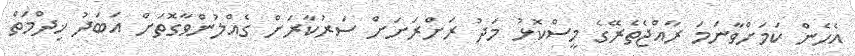
އެހެން ކަމަށްވާނަމަ ރާއްޖެތެރޭގެ މީސްކޮޅު މަދު ރަށްރަށަށް ސަރުކާރަށް ގެއްލުންވާގޮތަށް އަބަދު ޚިދްމަތް